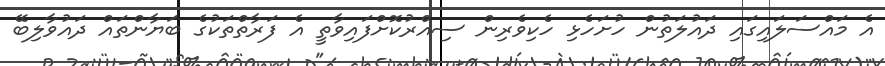
އެ މައްސަލައިގައި ދައުލަތުން ހުށަހެޅި ހެކިވެރިން ސިއްރުކޮށްފައިވާތީ އެ ފަރާތްތަކުގެ ބަޔާންތައް ދައުވާލިބޭ